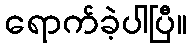
ရောက်ခဲ့ပါပြီ။